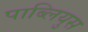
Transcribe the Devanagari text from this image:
पाब्लियुस